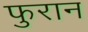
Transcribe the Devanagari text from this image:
फुरान